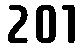
201